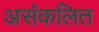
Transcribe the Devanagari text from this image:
असंकलित